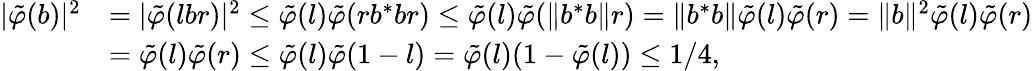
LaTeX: \begin{array}{rl}{|\tilde{\varphi}({b})|^{2}}&{=|\tilde{\varphi}(l{b}r)|^{2}\leq\tilde{\varphi}(l)\tilde{\varphi}(r{b}^{*}{b}r)\leq\tilde{\varphi}(l)\tilde{\varphi}(\| {b}^{*}{b}\| r)=\| {b}^{*}{b}\| \tilde{\varphi}(l)\tilde{\varphi}(r)=\| {b}\| ^{2}\tilde{\varphi}(l)\tilde{\varphi}(r)}\\ &{=\tilde{\varphi}(l)\tilde{\varphi}(r)\leq\tilde{\varphi}(l)\tilde{\varphi}(1-l)=\tilde{\varphi}(l)(1-\tilde{\varphi}(l))\leq 1/4,}\end{array}